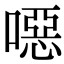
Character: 噁